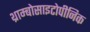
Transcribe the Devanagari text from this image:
थ्राम्बोसाइटोपीनिक